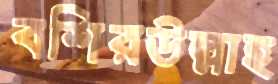
বশিরউল্লাহ